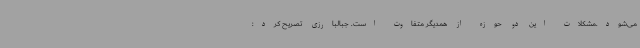
می‌شود.مشکلات این دو حوزه از همدیگر متفاوت است. جبالبارزی تصریح کرد: